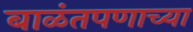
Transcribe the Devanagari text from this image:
बाळंतपणाच्या